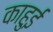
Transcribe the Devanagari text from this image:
काहुई